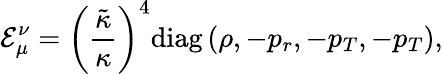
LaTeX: {{\mathcal{E}}_{\mu}^{\nu}}={{\left({\frac{\tilde{\kappa}}{\kappa}}\right)}^{4}}\mathrm{diag}\left(\rho,-{p_{r}},-{p_{T}},-{p_{T}}\right),